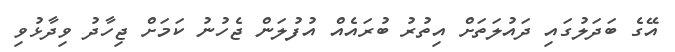
އޭގެ ބަދަލުގައި ދައުލަތަށް އިތުރު ބުރައެއް އުފުލަން ޖެހުނު ކަމަށް ޖިހާދު ވިދާޅުވި